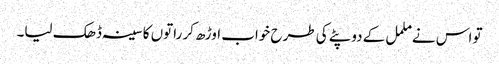
تو اس نے ململ کے دوپٹے کی طرح خواب اوڑھ کر راتوں کا سینہ ڈھک لیا۔